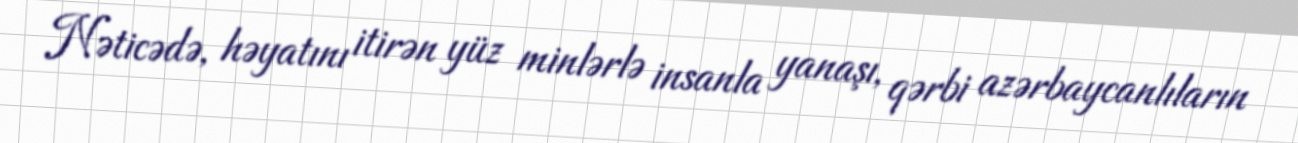
Nəticədə, həyatını itirən yüz minlərlə insanla yanaşı, qərbi azərbaycanlıların